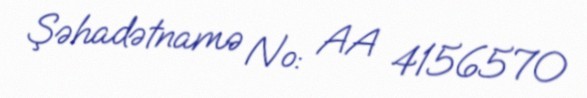
Şəhadətnamə №: AA 4156570